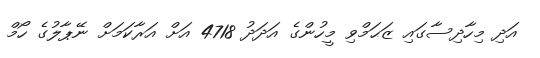
އަދި މިހާދިސާގައި ޒަޙަމްވި މީހުންގެ އަދަދު 4718 އަށް އަރާކަމަށް ނޭޕާލުގެ ހޯމް